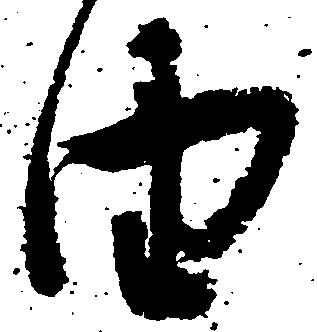
由